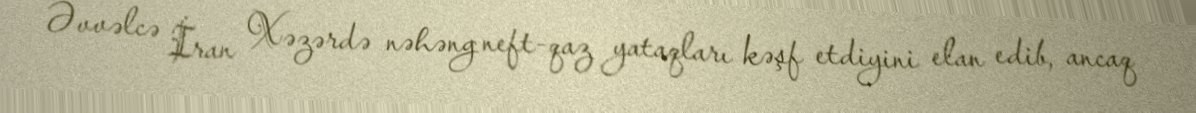
Əvvəlcə İran Xəzərdə nəhəng neft-qaz yataqları kəşf etdiyini elan edib, ancaq